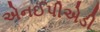
એનઈપીએડી